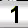
Digit: 1